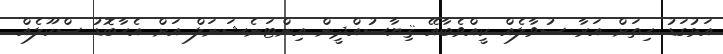
އަޅުގަޑު ހިތަށް އަރާ ސުވާލެއް ކީއްވެބާއޭ ޤިޔާސުއްދީން އިންޓަނެޝަނަލް އަށް އެހާބޮޑު ސްކޫލެއް